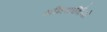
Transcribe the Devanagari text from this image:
अभियार्थियो